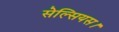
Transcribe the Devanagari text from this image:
सेल्सियस।